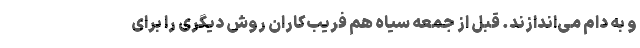
و به دام می‌اندازند. قبل از جمعه سیاه هم فریب‌کاران روش دیگری را برای